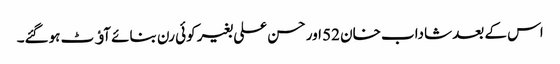
اس کے بعد شاداب خان 52 اور حسن علی بغیر کوئی رن بنائے آﺅٹ ہوگئے۔